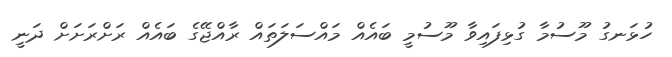
ހުޅަނގު މޫސުމާ ގުޅިފައިވާ މޫސުމީ ބައެއް މައްސަލަތައް ރާއްޖޭގެ ބައެއް ރަށްރަށަށް ދަނީ